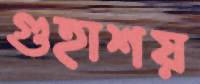
গুহাশয়